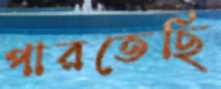
পারতেছি